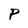
Character: P